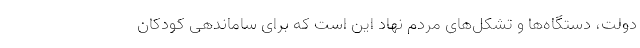
دولت، دستگاه‌ها و تشکل‌های مردم نهاد این است که برای ساماندهی کودکان